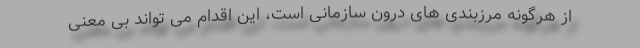
از هرگونه مرزبندی های درون سازمانی است، این اقدام می تواند بی معنی